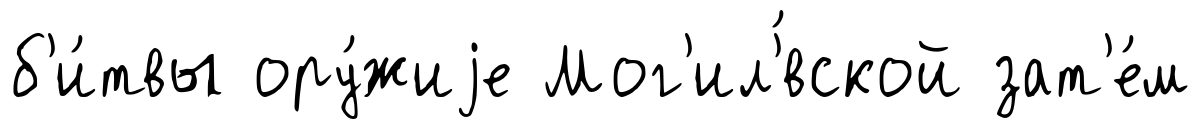
б'и́твы ору́жиjе Мог'ил'́вской зат'е́м